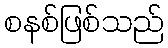
စနစ်ဖြစ်သည်